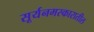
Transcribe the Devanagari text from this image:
सूर्यनमस्कारातील